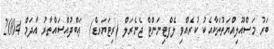
ބަރު މަސްއޫލިއްޔަތުތަކާއެކު ކުރެއްވި ލެފްޓިނަންޓް ޖެނެރަލް (ރިޓަަޔަރޑް)  ޢަބްދުއްސައްތާރު އާދަމް 2004